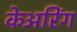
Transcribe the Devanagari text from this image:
केअरिंग